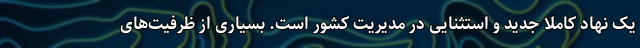
یک نهاد کاملا جدید و استثنایی در مدیریت کشور است. بسیاری از ظرفیت‌های